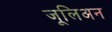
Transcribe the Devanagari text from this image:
जूलिअन